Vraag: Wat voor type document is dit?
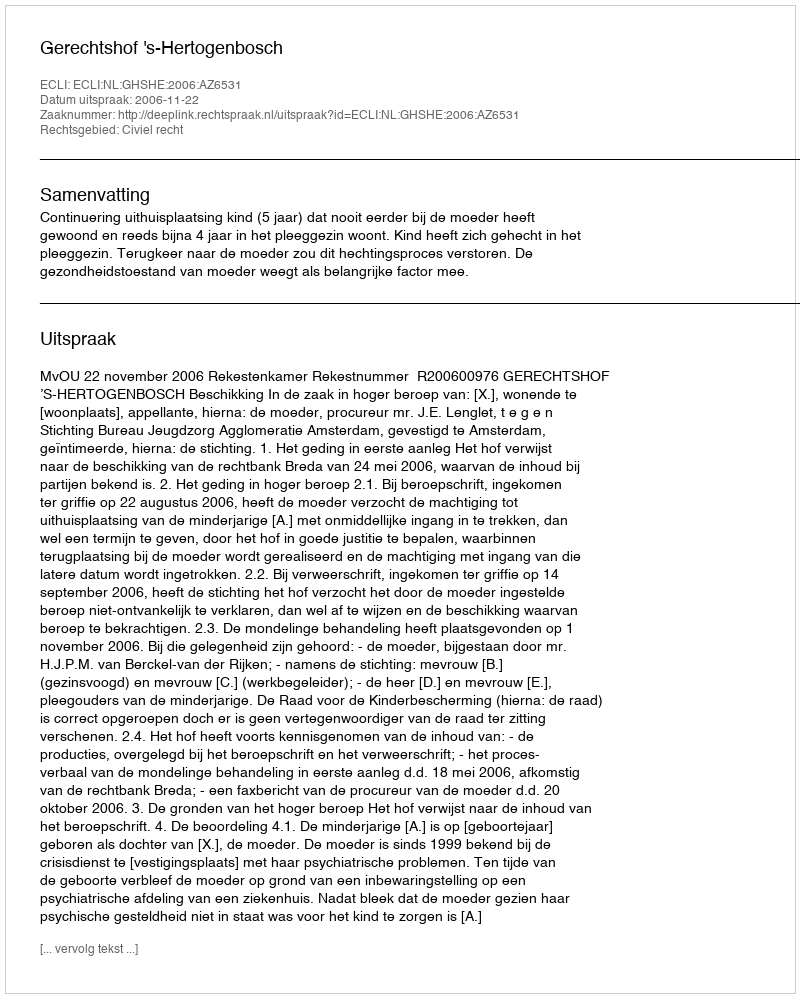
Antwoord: Uitspraak